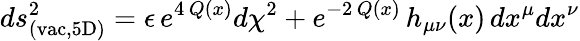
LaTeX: ds_{\mathrm{(vac,5D)}}^{2}=\epsilon\, e^{4\, Q(x)}d\chi^{2}+e^{-2\, Q(x)}\, h_{\mu\nu}(x)\, dx^{\mu}dx^{\nu}